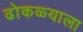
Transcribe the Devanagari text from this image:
ढोकळ्याला